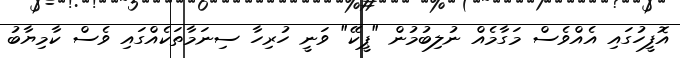
އޮފީހުގައި އެއްވެސް މަގާމެއް ނުލިބުމުން "ޕީކޭ" ވަނީ ހުރިހާ ސިނަމާތަކެއްގައި ވެސް ކާމިޔާބު